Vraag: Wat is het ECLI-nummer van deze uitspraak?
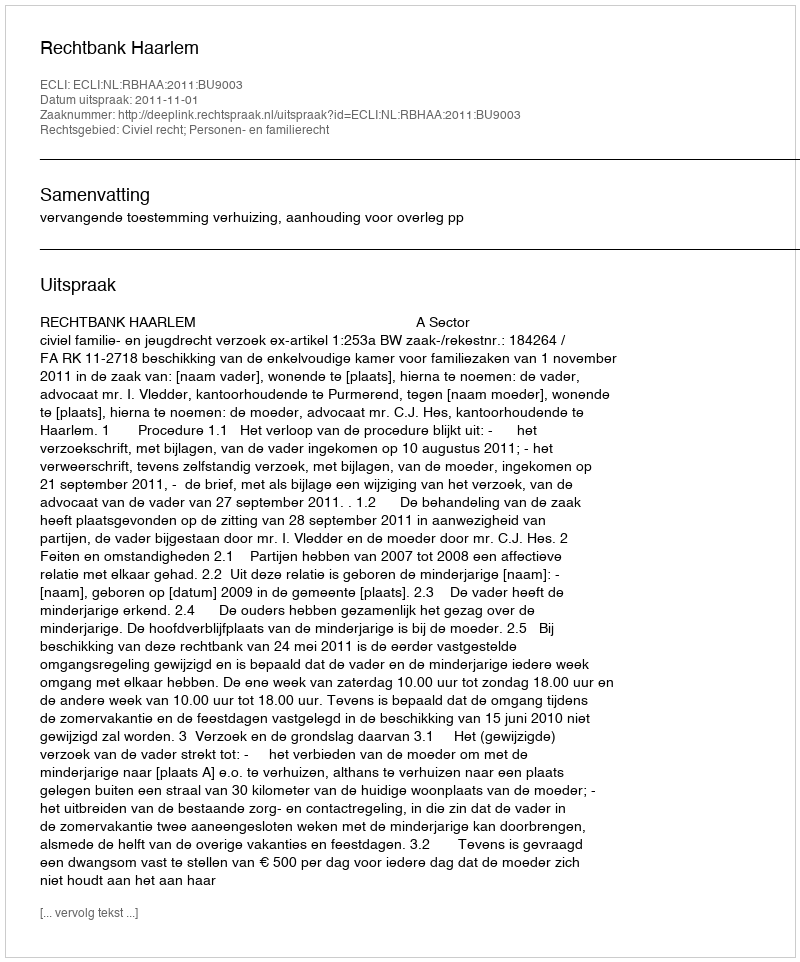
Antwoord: ECLI:NL:RBHAA:2011:BU9003